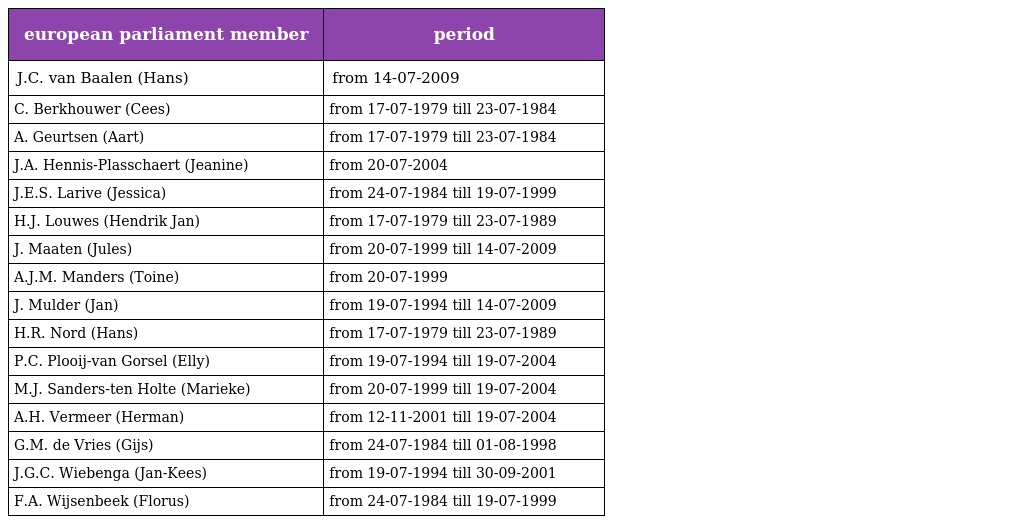
| european parliament member | period |
 | --- | --- |
 | J.C. van Baalen (Hans) | from 14-07-2009 |
 | C. Berkhouwer (Cees) | from 17-07-1979 till 23-07-1984 |
 | A. Geurtsen (Aart) | from 17-07-1979 till 23-07-1984 |
 | J.A. Hennis-Plasschaert (Jeanine) | from 20-07-2004 |
 | J.E.S. Larive (Jessica) | from 24-07-1984 till 19-07-1999 |
 | H.J. Louwes (Hendrik Jan) | from 17-07-1979 till 23-07-1989 |
 | J. Maaten (Jules) | from 20-07-1999 till 14-07-2009 |
 | A.J.M. Manders (Toine) | from 20-07-1999 |
 | J. Mulder (Jan) | from 19-07-1994 till 14-07-2009 |
 | H.R. Nord (Hans) | from 17-07-1979 till 23-07-1989 |
 | P.C. Plooij-van Gorsel (Elly) | from 19-07-1994 till 19-07-2004 |
 | M.J. Sanders-ten Holte (Marieke) | from 20-07-1999 till 19-07-2004 |
 | A.H. Vermeer (Herman) | from 12-11-2001 till 19-07-2004 |
 | G.M. de Vries (Gijs) | from 24-07-1984 till 01-08-1998 |
 | J.G.C. Wiebenga (Jan-Kees) | from 19-07-1994 till 30-09-2001 |
 | F.A. Wijsenbeek (Florus) | from 24-07-1984 till 19-07-1999 |